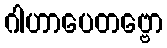
ဂါဟာပေတဗ္ဗော